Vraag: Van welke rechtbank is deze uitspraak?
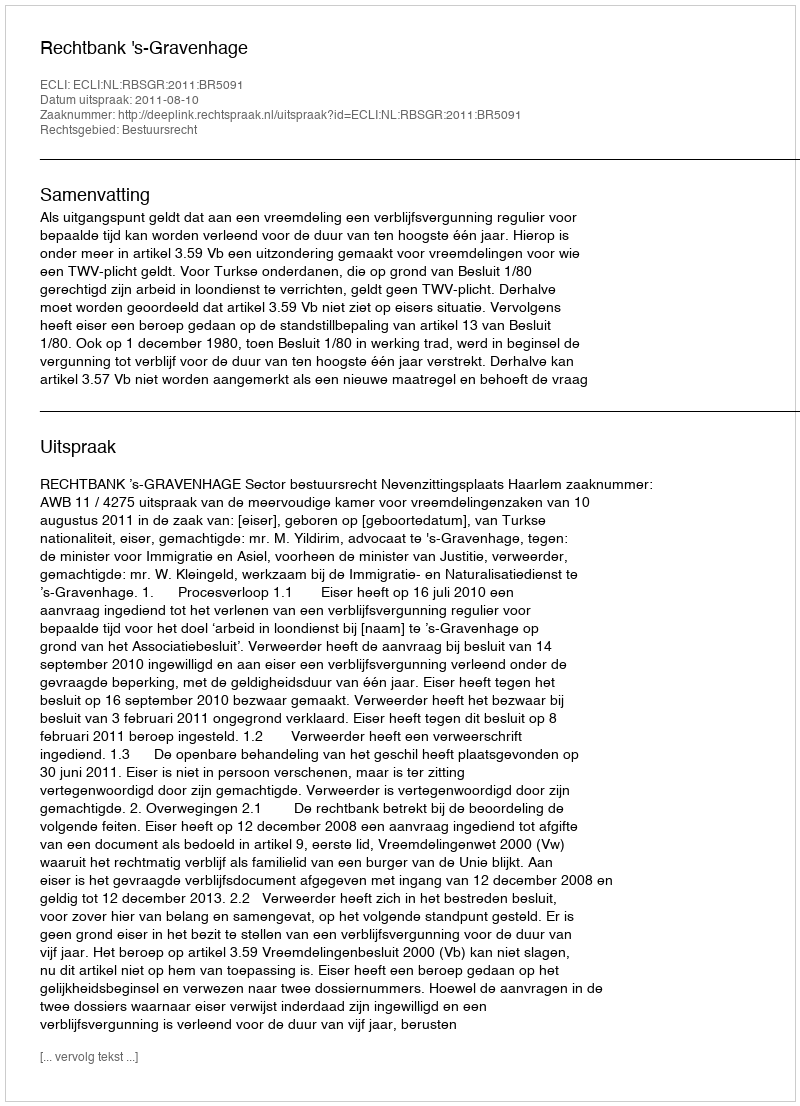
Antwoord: Rechtbank 's-Gravenhage